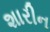
શારીન